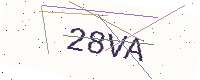
Text: 28VA